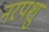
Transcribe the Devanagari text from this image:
नरपशु